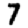
Digit: 7